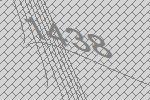
1438